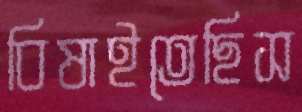
বিষাইতেছিস